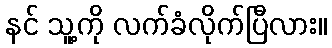
နင် သူ့ကို လက်ခံလိုက်ပြီလား။